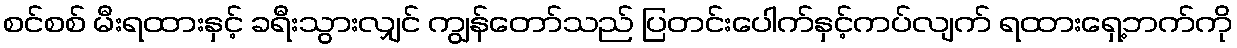
စင်စစ် မီးရထားနှင့် ခရီးသွားလျှင် ကျွန်တော်သည် ပြတင်းပေါက်နှင့်ကပ်လျက် ရထားရှေ့ဘက်ကို